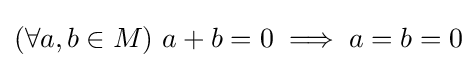
(\forall a,b\in M)\ a+b=0\implies a=b=0\!